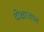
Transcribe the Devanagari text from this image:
दीक्षाजालं